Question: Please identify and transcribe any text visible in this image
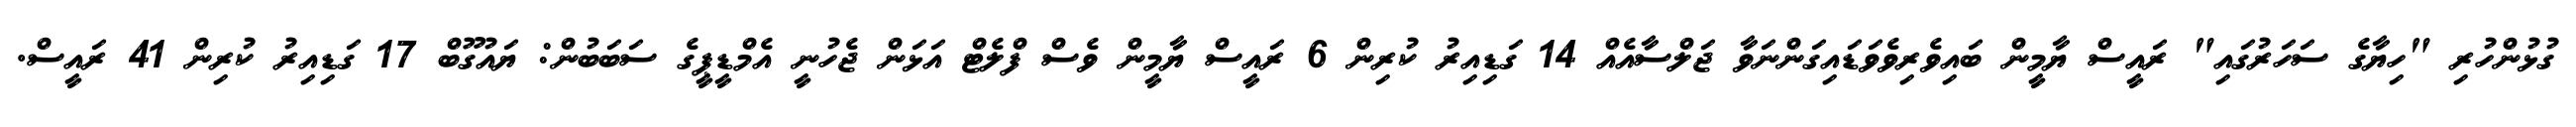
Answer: ގުޅުންހުރި "ހިޔާގެ ސަހަރުގައި" ރައީސް ޔާމީން ބައިވެރިވެވަޑައިގަންނަވާ ޖަލްސާއެއް 14 ގަޑިއިރު ކުރިން 6 ރައީސް ޔާމީން ވެސް ފްލެޓް އަޅަން ޖެހުނީ އެމްޑީޕީގެ ސަބަބުން: ޔައުގޫބް 17 ގަޑިއިރު ކުރިން 41 ރައީސް.